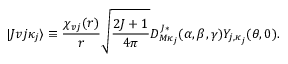
| J v j \kappa _ { j } \rangle \equiv \frac { \chi _ { v j } ( r ) } { r } \sqrt { \frac { 2 J + 1 } { 4 \pi } } D _ { M \kappa _ { j } } ^ { J * } ( \alpha , \beta , \gamma ) Y _ { j , \kappa _ { j } } ( \theta , 0 ) .